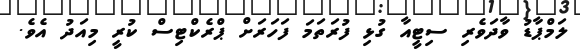
ލަމްޕާޑު ވާދަވެރި ސިޓީއާ ގުޅި ފުރަތަމަ ފަހަރަށް ޕްރެކްޓިސް ކުރީ މިއަދު އެވެ.